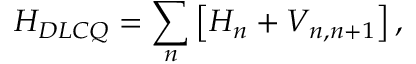
H _ { D L C Q } = \sum _ { n } \left[ H _ { n } + V _ { n , n + 1 } \right] ,